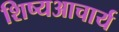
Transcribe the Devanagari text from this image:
शिष्यआचार्य